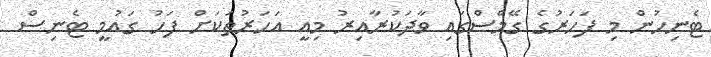
ޓެނިހުން މި ފަހަރުގެ ގޭމްސްގައި ވާދަކުރާއިރު މިއީ އަހަރުތަކަށް ފަހު ގައުމީ ޓެނިސް